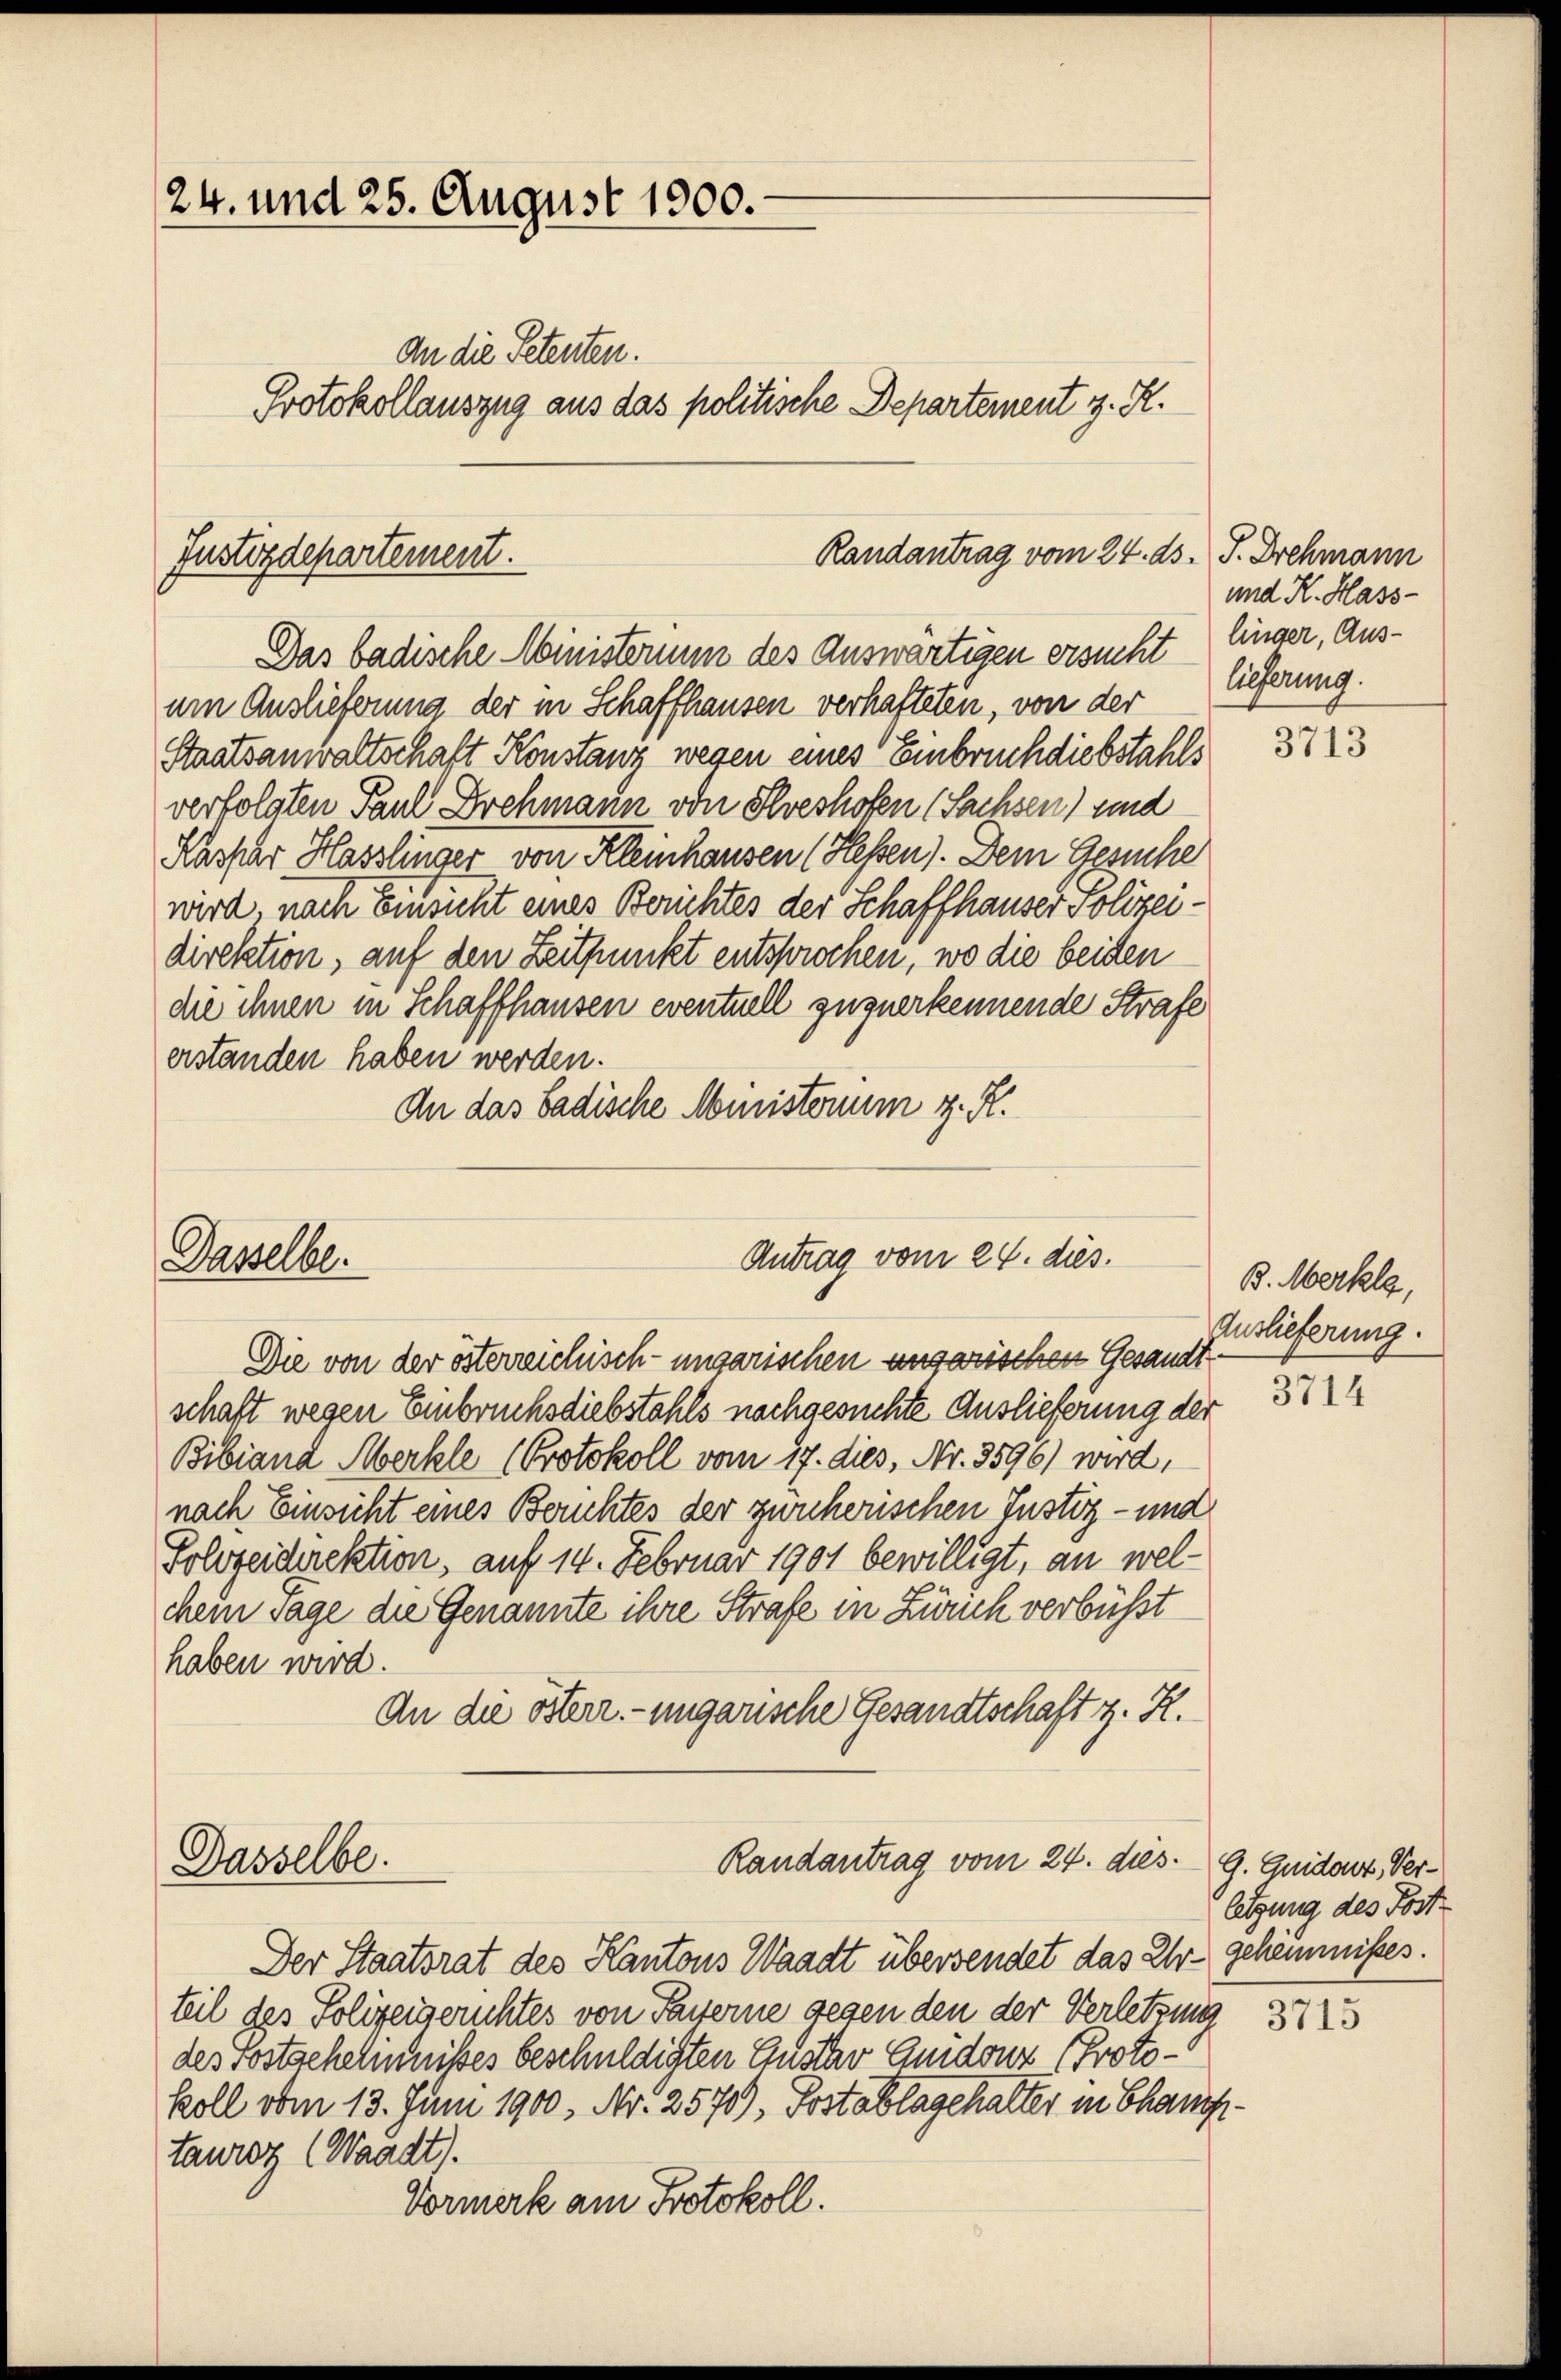
24. und 25. August 1900.
An die Petenten.
Protokollauszug aus das politische Departement z. R.

Randantrag vom 24. ds. P. Drehmann
Justizdepartement.
Das badische Ministerum des Auswärtigen ersucht linger, Aus¬

Dasselbe.

Dasselbe.

um Auslieferung der in Schaffhausen verhafteten, von der
Staatsanwaltschaft Konstanz wegen eines Einbruch diebstahls
verfolgten Paul Drehmann von Slveshofen (Sachsen) sind
Kasser Hasslinger von Kleinhausen (Hessen). Dem Gesuche
wird, nach Einsicht eines Berichtes der Schaffhauser Polizeidirektion, auf den Zeitpunkt entsprochen, wo die beiden
die ihnen in Schaffhausen eventuell zuzuerkennende Strafe
erstanden haben werden.
An das badische Ministorum z. R.

Antrag vom 24. dies.

Die von der österreichisch-ungarischen unserischen Gesandt
schaft wegen Einbruchsdiebstahls nachgesuchte Auslieferung der
Bibiand Merkle (Protokoll vom 17. dies, Nr. 3596) wird,
nach Einsicht eines Berichtes der zweiherischen Justiz- und
Polizeidirektion, auf 14. Februar 1901 bewilligt, an welchem sage die Genannte ihre Strafe in Zürich verbüsst
haben wird.
An die österr.-ungarische Gesandtschaft z. R.

Randantrag vom 24. dies

und K. Hass-
lieferung.

Der Staatsrat des Kantons Waadt übersendet das Ur- geheimnisses.
teil des Polizeigerichtes von Pasterne gegen den der Verletzung
des Fortschehnnißes beschuldigten Gustav Guidonz (Protokoll vom 13. Juni 1900, Nr. 2570), Postablagehalter in Chauftaureg (Waadt).
Vormerk am Protokoll.

3713

B. Merkle,
Auslieferung.

3714

G. Quidouz, Verletzung des Post-

3715